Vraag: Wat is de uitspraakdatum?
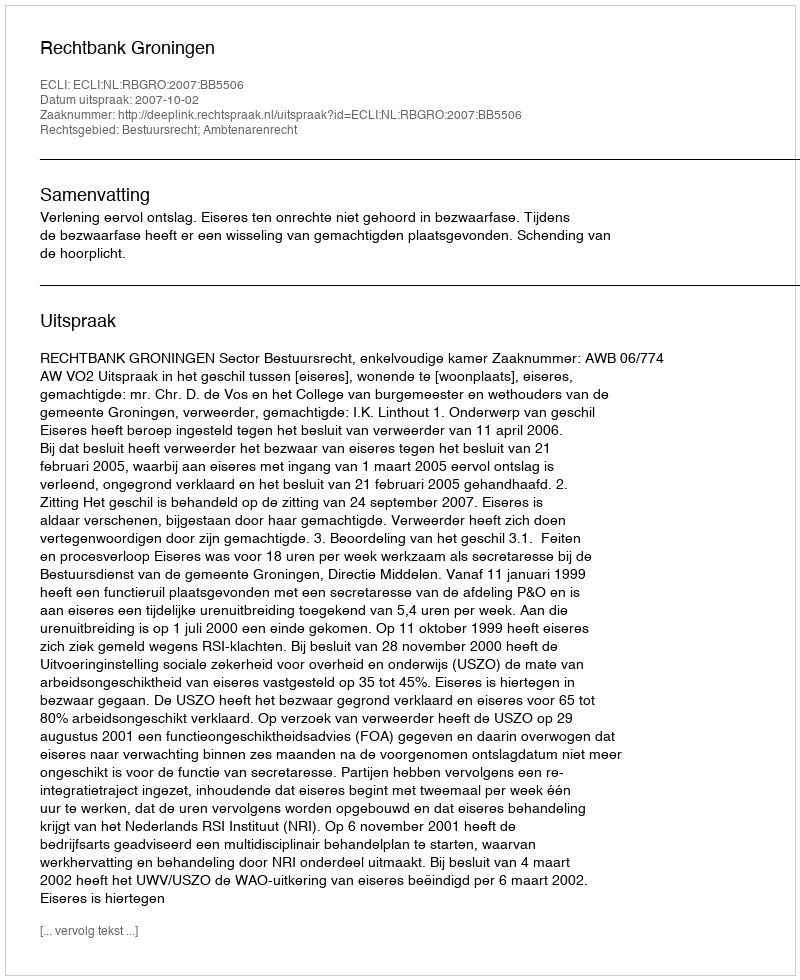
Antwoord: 2007-10-02